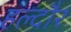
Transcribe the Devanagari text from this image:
हल्दौर